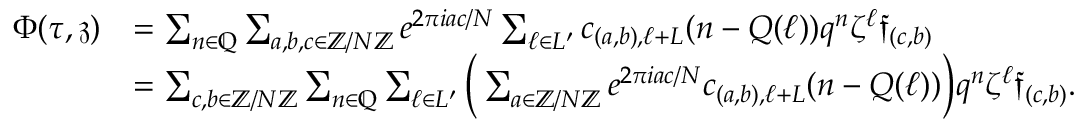
\begin{array} { r l } { \Phi ( \tau , \mathfrak { z } ) } & { = \sum _ { n \in \mathbb { Q } } \sum _ { a , b , c \in \mathbb { Z } / N \mathbb { Z } } e ^ { 2 \pi i a c / N } \sum _ { \ell \in L ^ { \prime } } c _ { ( a , b ) , \ell + L } ( n - Q ( \ell ) ) q ^ { n } \zeta ^ { \ell } \mathfrak { f } _ { ( c , b ) } } \\ & { = \sum _ { c , b \in \mathbb { Z } / N \mathbb Z } \sum _ { n \in \mathbb { Q } } \sum _ { \ell \in L ^ { \prime } } \Big ( \sum _ { a \in \mathbb { Z } / N \mathbb { Z } } e ^ { 2 \pi i a c / N } c _ { ( a , b ) , \ell + L } ( n - Q ( \ell ) ) \Big ) q ^ { n } \zeta ^ { \ell } \mathfrak { f } _ { ( c , b ) } . } \end{array}